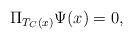
\begin{align*}\Pi_{T_{C} (x)}\Psi(x)= 0,\end{align*}